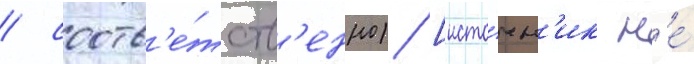
/ соотв'е́тств'енно) [исто́чн'ик н'е́